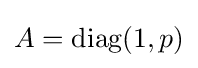
A={\text{diag}}(1,p)